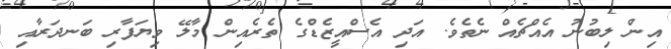
އިން ލިބުނު އެއްޗެއް ނެތެވެ. އަދި އެސްއީޒެޑްގެ ތެރެއިން މާލޭ ވިޔަފާރި ބަނދަރާއި